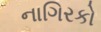
નાગિરકો